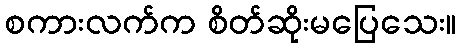
စကားလက်က စိတ်ဆိုးမပြေသေး။